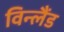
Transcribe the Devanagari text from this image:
विन्लैंड